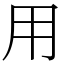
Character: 用